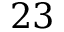
2 3